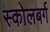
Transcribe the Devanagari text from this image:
स्कोलबर्ग